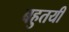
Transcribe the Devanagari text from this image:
बहुतयी